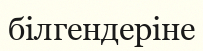
білгендеріне